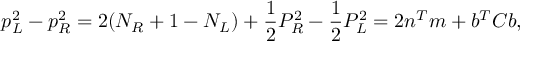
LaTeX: p _ { L } ^ { 2 } - p _ { R } ^ { 2 } = 2 ( N _ { R } + 1 - N _ { L } ) + \frac { 1 } { 2 } P _ { R } ^ { 2 } - \frac { 1 } { 2 } P _ { L } ^ { 2 } = 2 n ^ { T } m + b ^ { T } C b ,